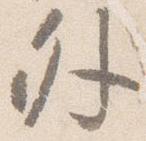
外